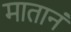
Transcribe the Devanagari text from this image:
मातानं